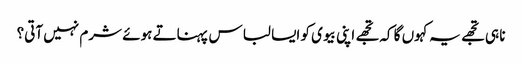
نا ہی تجھے یہ کہوں گا کہ تجھے اپنی بیوی کو ایسا لباس پہناتے ہوئے شرم نہیں آتی؟